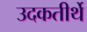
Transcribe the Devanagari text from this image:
उदकतीर्थे